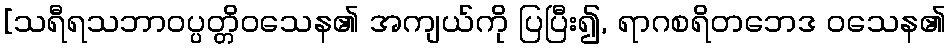
[သရီရသဘာဝပ္ပတ္တိဝသေန၏ အကျယ်ကို ပြပြီး၍, ရာဂစရိတဘေဒ ဝသေန၏